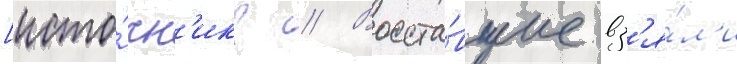
[исто́чн'ик? // Восста́вшие вз'я́л'и